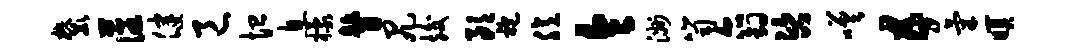
麓藩健邑恤息檬瞽尻竣朗袍臆令洲笥尔钩咨嗟五气暝